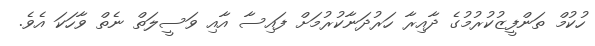
ހުކުމް ތަންފީޒުކުރުމުގެ ދާއިރާ ހަރުދަނާކުރުމަށް ފައިސާ އާއި ވަސީލަތް ނެތް ވާހަކަ އެވެ.